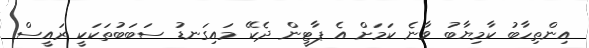
އިންތިހާބު ކާމިޔާބު ވާނެ ކަމަށް އެ ޕާޓީން ދެކޭ މައިގަނޑު ސަބަބުތަކަކީ ރައީސް